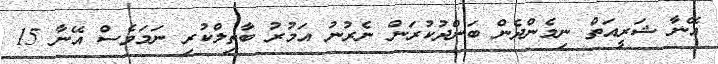
އޭނާ ޝަރީއަތް ނިމެންދެން ބަންދުކުރަން ނެރުނު އަމުރު ބާތިލްކުރި ނަމަވެސް އޭނާ 15